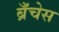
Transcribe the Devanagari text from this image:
ब्रँचेस